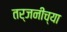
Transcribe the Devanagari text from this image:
तर्जनीच्या